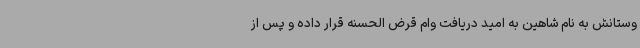
وستانش به نام شاهین به امید دریافت وام قرض الحسنه قرار داده و پس از